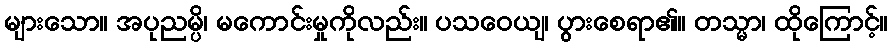
များသော။ အပုညမ္ပိ၊ မကောင်းမှုကိုလည်း။ ပသဝေယျ၊ ပွားစေရာ၏။ တသ္မာ၊ ထိုကြောင့်။